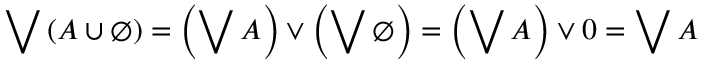
\bigvee \left( A \cup \emptyset \right) = \left( \bigvee A \right) \vee \left( \bigvee \emptyset \right) = \left( \bigvee A \right) \vee 0 = \bigvee A